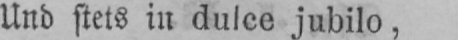
Und stets in dulce jubilo,